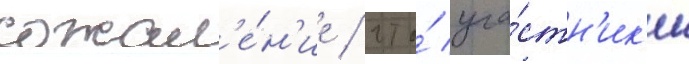
сожал'е́н'ие / что́ уча́стн'ик'и